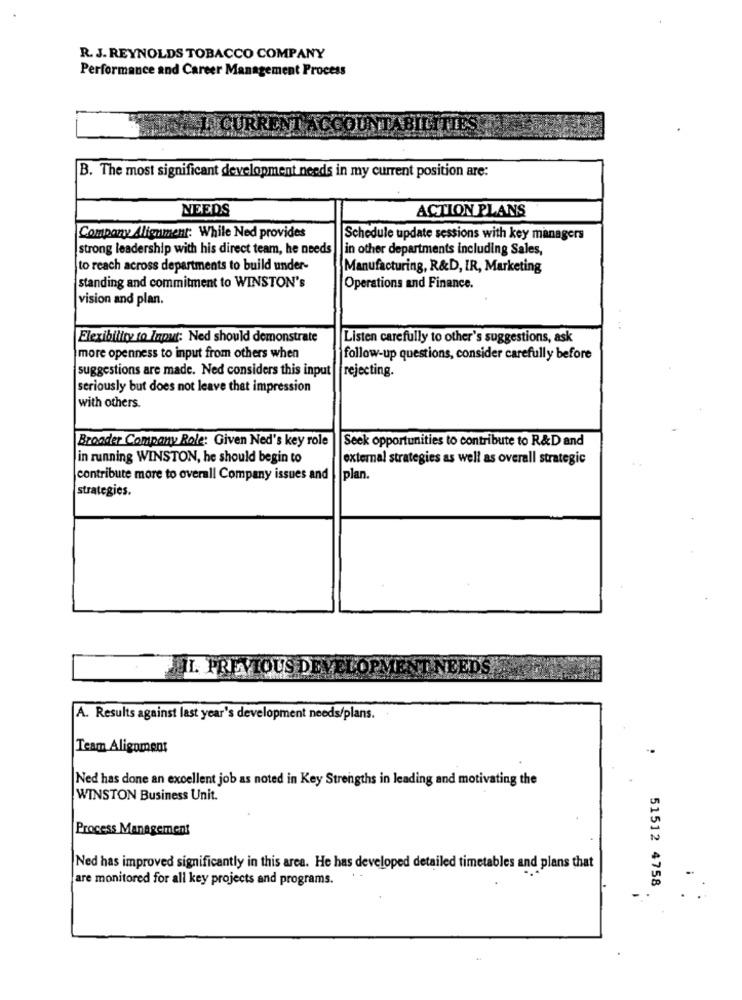
R. J. REYNOLDS TOBACCO COMPANY
Performance and Career Manag
ment Process
B. The most significant development needs in my current position are:
NEEDS
ACTION PLANS
Company Alignment: While Ned provides
Schedule update sessions with key managers
strong leadership with his direct team, he needs
in other departments including Sales,
to reach across departments to build under-
Manufacturing, R&D, IR, Marketing
standing and commitment to WINSTON's
Operations and Finance.
vision and plan.
Flexibility to Input: Ned should demonstrate
Listen carefully to other's suggestions, ask
more openness to input from others when
follow-up questions, consider carefully before
suggestions are made. Ned considers this input
rejecting.
seriously but does not leave that impression
with others.
Broader Company Role: Given Ned's key role
Seek opportunities to contribute to R&D and
in running WINSTON, he should begin to
external strategies as well as overall strategic
contribute more to overall Company issues and |plan.
strategies.
JI. PREVIOUS DEVELOPMENT
BEDS
A. Results against last year's development needs/plans.
Team Alignment
Ned has done an excellent job as noted in Key Strengths in leading and motivating the
WINSTON Business Unit.
Process Management
Ned has improved significantly in this area. He has developed detailed timetables and plans that
are monitored for all key projects and programs.
51512 4758
-